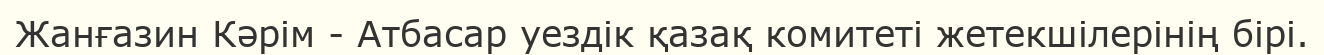
Жанғазин Кәрім - Атбасар уездік қазақ комитеті жетекшілерінің бірі.